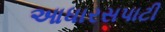
આધારસપાટી